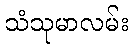
သံသုမာလမ်း